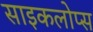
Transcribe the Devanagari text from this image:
साइकलोप्स